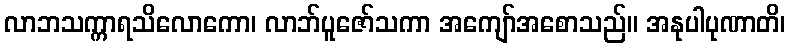
လာဘသက္ကာရသိလောကော၊ လာဘ်ပူဇော်သကာ အကျော်အစောသည်။ အနုပါပုဏာတိ၊